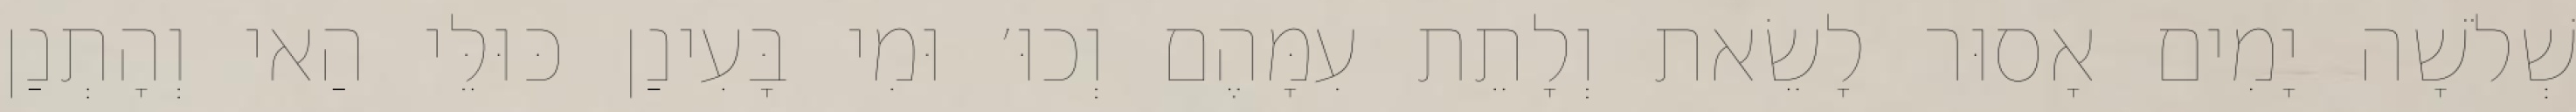
שְׁלֹשָׁה יָמִים אָסוּר לָשֵׂאת וְלָתֵת עִמָּהֶם וְכוּ׳ וּמִי בָּעִינַן כּוּלֵּי הַאי וְהָתְנַן